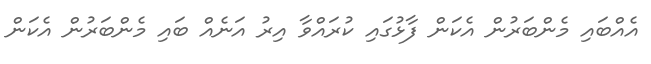
އެއްބައި މެންބަރުން އެކަން ފާޅުގައި ކުރައްވާ އިރު އަނެއް ބައި މެންބަރުން އެކަން